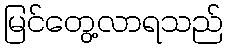
မြင်တွေ့လာရသည်